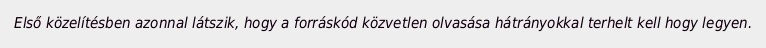
Első közelítésben azonnal látszik, hogy a forráskód közvetlen olvasása hátrányokkal terhelt kell hogy legyen.